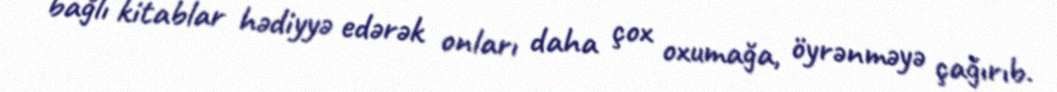
bağlı kitablar hədiyyə edərək onları daha çox oxumağa, öyrənməyə çağırıb.